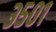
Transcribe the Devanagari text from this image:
३५०१